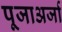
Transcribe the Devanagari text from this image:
पूजाअर्जा